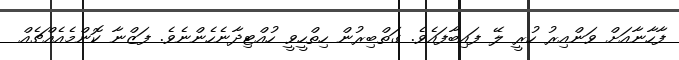
ފާހާނާއަށް ވަންއިރު ހުރީ ލޭ ފައިބާފައެވެ. ގަތްބިރުން ހިތްހީވީ ހުއްޓިދާނެހެންނެވެ. ފަޒްނާ ކޮންމެއެއްޗެއް